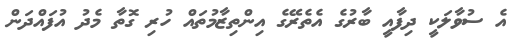
އެ ސުވާލަކީ ދިފާއީ ބާރުގެ އެތެރޭގެ އިންތިޒާމުތައް ހުރި ގޮތާ މެދު އުފައްދަން